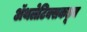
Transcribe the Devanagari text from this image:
ॲथलेटिक्सकडून